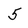
Character: 5